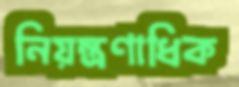
নিয়ন্ত্রণাধিক